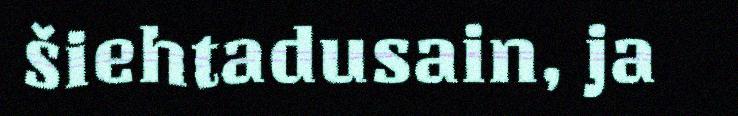
šiehtadusain, ja